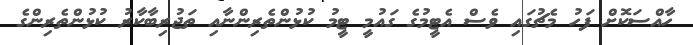
ހާއްސަކޮށް ފަހު މެޗުގައި ވެސް އެޓީމުގެ ގައުމީ ޓީމު ކުޅުންތެެރިންނާއި ތަޖުރިބާކާރު ކުޅުންތެރިންގެ